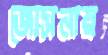
জোসনায়